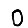
Digit: 0